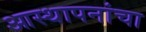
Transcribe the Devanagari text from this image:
आस्थापनांचा